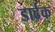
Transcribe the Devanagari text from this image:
डार्दक